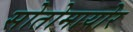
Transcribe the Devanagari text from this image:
सोतोमायोर